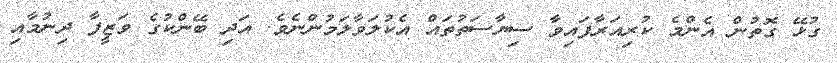
ގުޅޭ ގޮތުން އެންމެ ކުރިއަރާފައިވާ ސިޔާސަތުތައް އެކުލަވާލަމުންނެވެ. އަދި ބޭންކުގެ ވަޒީފާ ދިނުމާއި